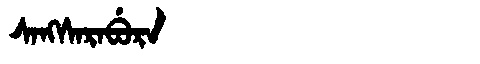
Manchu: ᠰᠠᠩᠰᠠᡵᠠᠪᡠᡵᠠ
Romanization: SANGSARABURA